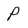
Character: p